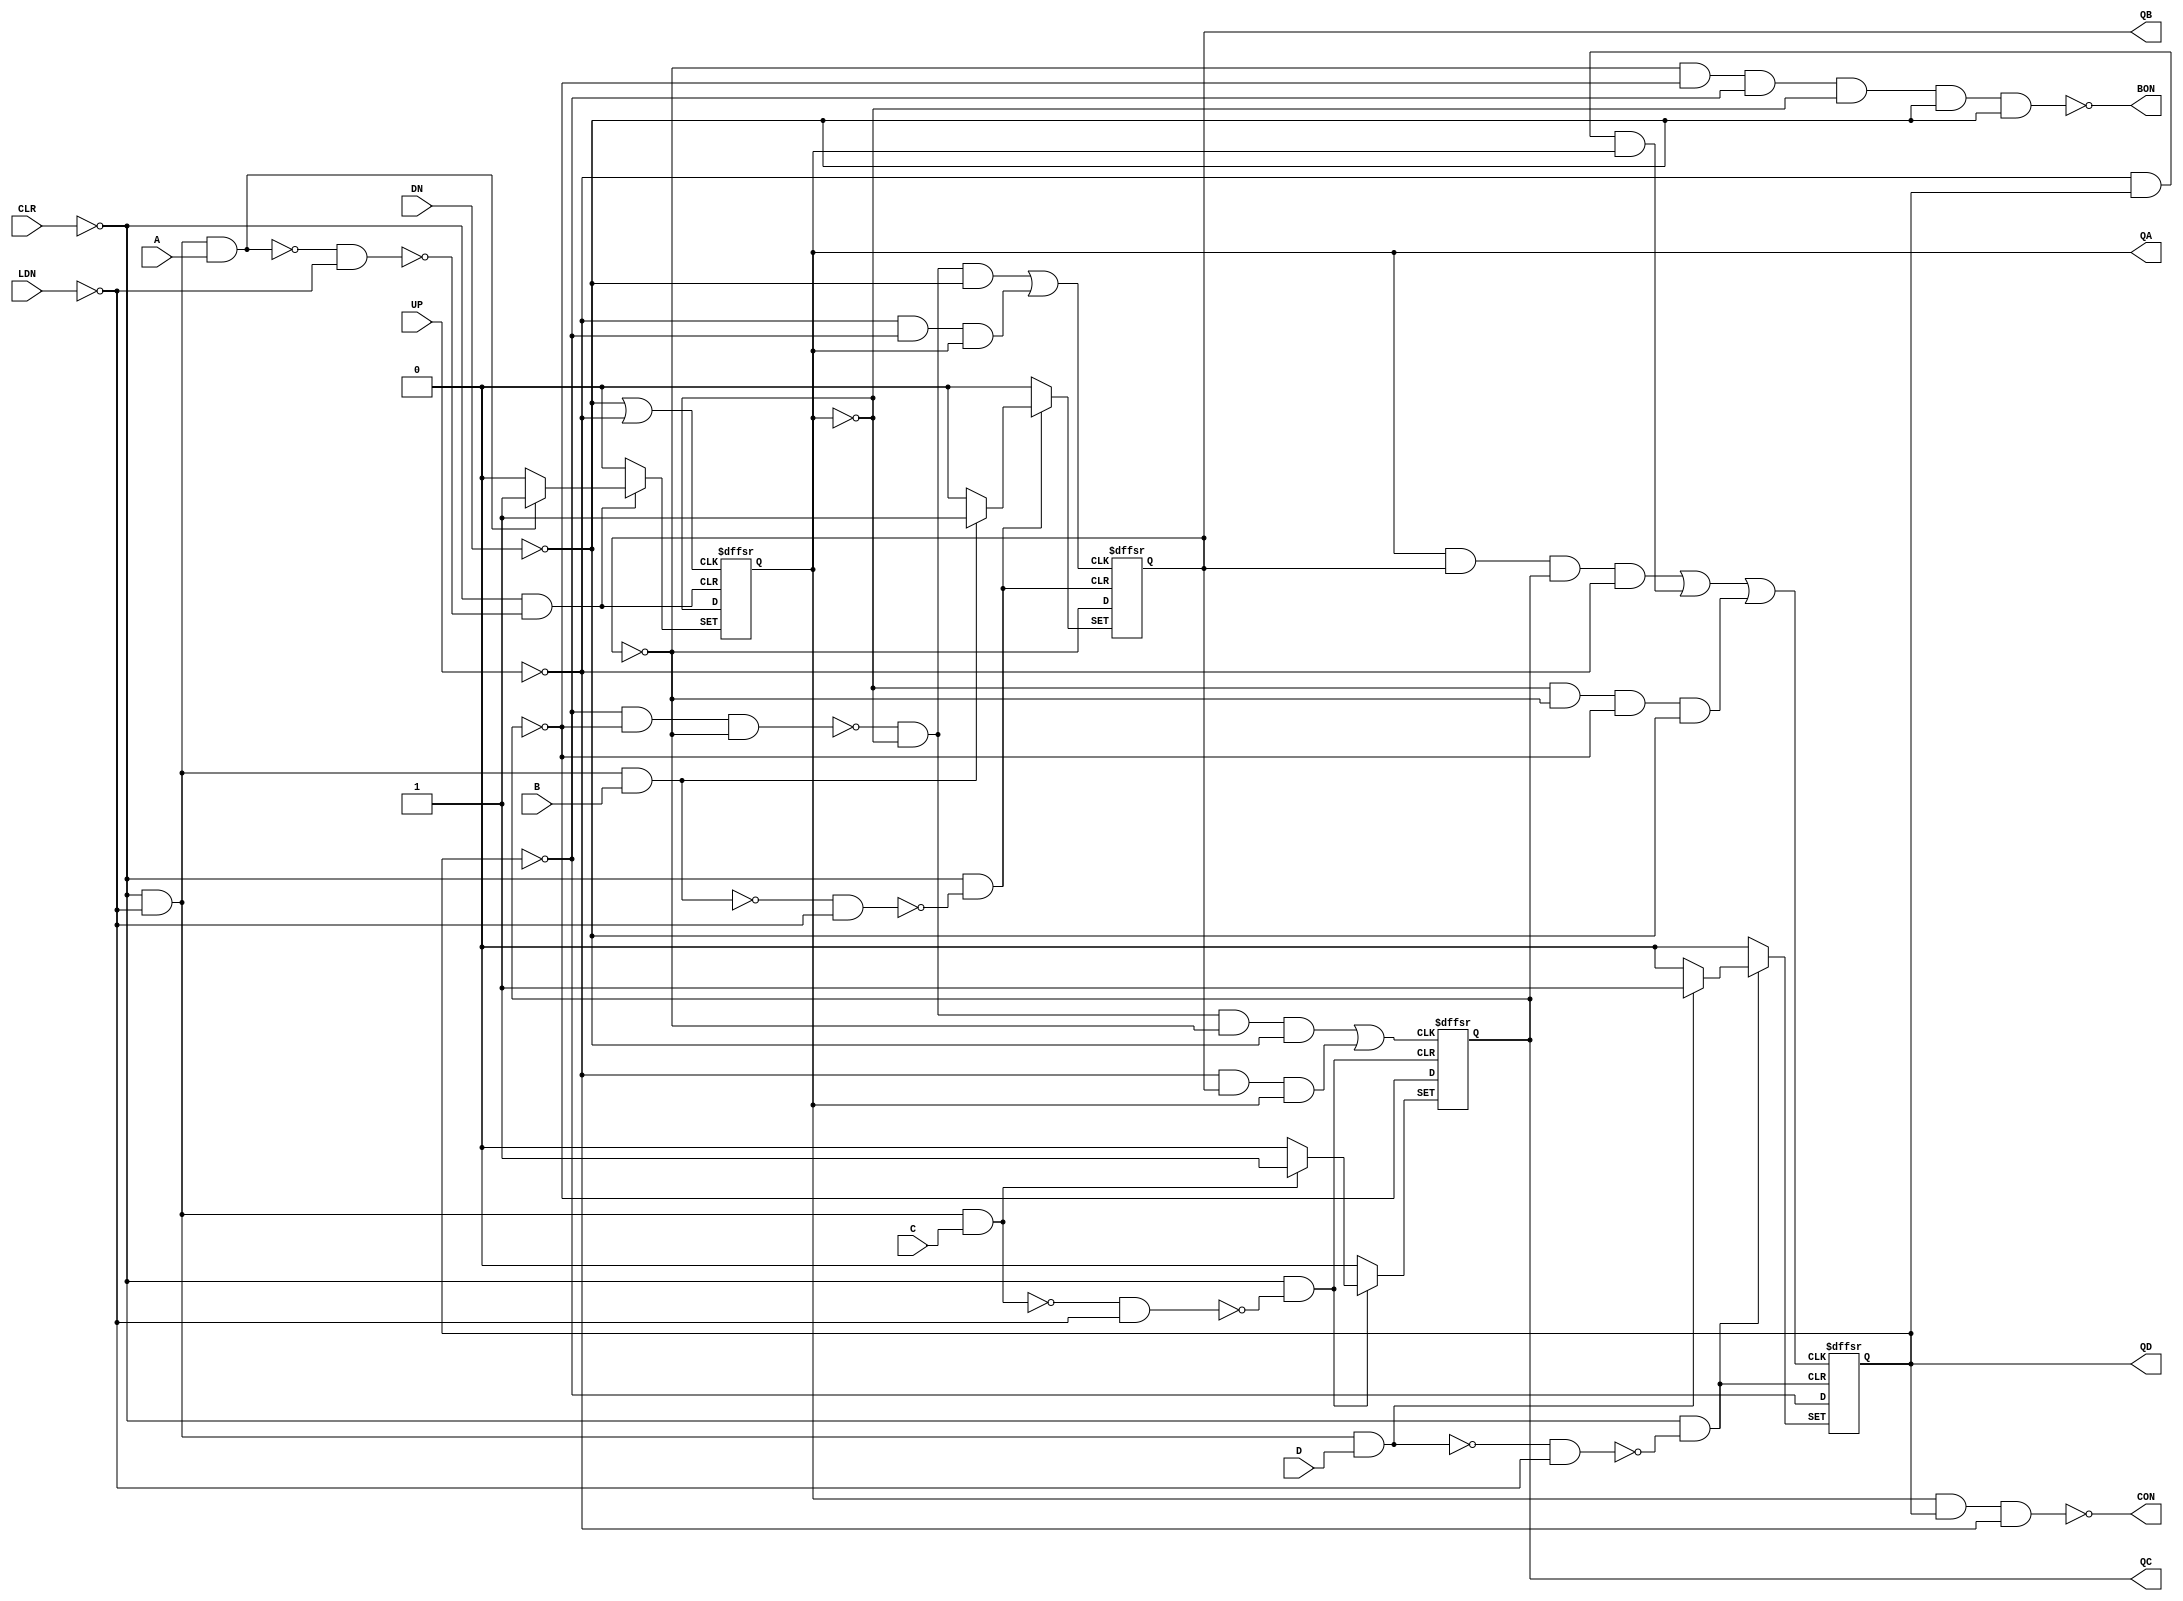
// Copyright (C) 1991-2011 Altera Corporation
// Your use of Altera Corporation's design tools, logic functions 
// and other software and tools, and its AMPP partner logic 
// functions, and any output files from any of the foregoing 
// (including device programming or simulation files), and any 
// associated documentation or information are expressly subject 
// to the terms and conditions of the Altera Program License 
// Subscription Agreement, Altera MegaCore Function License 
// Agreement, or other applicable license agreement, including, 
// without limitation, that your use is for the sole purpose of 
// programming logic devices manufactured by Altera and sold by 
// Altera or its authorized distributors.  Please refer to the 
// applicable agreement for further details.

// PROGRAM		"Quartus II 64-Bit"
// VERSION		"Version 11.0 Build 157 04/27/2011 SJ Full Version"
// CREATED		"Sun May 22 16:50:44 2022"

module my74192 (
	A,
	DN,
	UP,
	B,
	C,
	D,
	CLR,
	LDN,
	BON,
	CON,
	QD,
	QC,
	QB,
	QA
);


input wire	A;
input wire	DN;
input wire	UP;
input wire	B;
input wire	C;
input wire	D;
input wire	CLR;
input wire	LDN;
output wire	BON;
output wire	CON;
output wire	QD;
output wire	QC;
output wire	QB;
output wire	QA;

wire	SYNTHESIZED_WIRE_0;
wire	SYNTHESIZED_WIRE_1;
wire	SYNTHESIZED_WIRE_2;
wire	SYNTHESIZED_WIRE_3;
wire	SYNTHESIZED_WIRE_4;
wire	SYNTHESIZED_WIRE_5;
wire	SYNTHESIZED_WIRE_6;
wire	SYNTHESIZED_WIRE_75;
wire	SYNTHESIZED_WIRE_76;
wire	SYNTHESIZED_WIRE_77;
wire	SYNTHESIZED_WIRE_78;
wire	SYNTHESIZED_WIRE_79;
wire	SYNTHESIZED_WIRE_80;
wire	SYNTHESIZED_WIRE_81;
reg	SYNTHESIZED_WIRE_82;
reg	SYNTHESIZED_WIRE_83;
reg	SYNTHESIZED_WIRE_84;
wire	SYNTHESIZED_WIRE_85;
wire	SYNTHESIZED_WIRE_86;
wire	SYNTHESIZED_WIRE_87;
wire	SYNTHESIZED_WIRE_23;
wire	SYNTHESIZED_WIRE_88;
wire	SYNTHESIZED_WIRE_25;
wire	SYNTHESIZED_WIRE_27;
wire	SYNTHESIZED_WIRE_29;
wire	SYNTHESIZED_WIRE_31;
wire	SYNTHESIZED_WIRE_33;
wire	SYNTHESIZED_WIRE_35;
wire	SYNTHESIZED_WIRE_37;
wire	SYNTHESIZED_WIRE_89;
reg	SYNTHESIZED_WIRE_90;
wire	SYNTHESIZED_WIRE_91;
wire	SYNTHESIZED_WIRE_92;
wire	SYNTHESIZED_WIRE_68;
wire	SYNTHESIZED_WIRE_70;
wire	SYNTHESIZED_WIRE_72;
wire	SYNTHESIZED_WIRE_74;

assign	QD = SYNTHESIZED_WIRE_90;
assign	QC = SYNTHESIZED_WIRE_84;
assign	QB = SYNTHESIZED_WIRE_83;
assign	QA = SYNTHESIZED_WIRE_82;
assign	SYNTHESIZED_WIRE_88 = 1;



assign	SYNTHESIZED_WIRE_25 = ~(SYNTHESIZED_WIRE_0 | SYNTHESIZED_WIRE_1 | SYNTHESIZED_WIRE_2);

assign	SYNTHESIZED_WIRE_29 = ~(SYNTHESIZED_WIRE_3 | SYNTHESIZED_WIRE_4);

assign	SYNTHESIZED_WIRE_33 = ~(SYNTHESIZED_WIRE_5 | SYNTHESIZED_WIRE_6);

assign	SYNTHESIZED_WIRE_37 = ~(SYNTHESIZED_WIRE_75 | SYNTHESIZED_WIRE_76);


assign	SYNTHESIZED_WIRE_74 = ~(SYNTHESIZED_WIRE_77 & SYNTHESIZED_WIRE_78);

assign	SYNTHESIZED_WIRE_72 = ~(SYNTHESIZED_WIRE_79 & SYNTHESIZED_WIRE_78);

assign	SYNTHESIZED_WIRE_70 = ~(SYNTHESIZED_WIRE_80 & SYNTHESIZED_WIRE_78);

assign	SYNTHESIZED_WIRE_68 = ~(SYNTHESIZED_WIRE_81 & SYNTHESIZED_WIRE_78);

assign	SYNTHESIZED_WIRE_0 = SYNTHESIZED_WIRE_82 & SYNTHESIZED_WIRE_83 & SYNTHESIZED_WIRE_84 & SYNTHESIZED_WIRE_76;

assign	SYNTHESIZED_WIRE_2 = SYNTHESIZED_WIRE_85 & SYNTHESIZED_WIRE_86 & SYNTHESIZED_WIRE_87 & SYNTHESIZED_WIRE_75;


always@(posedge SYNTHESIZED_WIRE_25 or negedge SYNTHESIZED_WIRE_23 or negedge SYNTHESIZED_WIRE_81)
begin
if (!SYNTHESIZED_WIRE_23)
	begin
	SYNTHESIZED_WIRE_90 <= 0;
	end
else
if (!SYNTHESIZED_WIRE_81)
	begin
	SYNTHESIZED_WIRE_90 <= 1;
	end
else
	SYNTHESIZED_WIRE_90 <= SYNTHESIZED_WIRE_90 ^ SYNTHESIZED_WIRE_88;
end


always@(posedge SYNTHESIZED_WIRE_29 or negedge SYNTHESIZED_WIRE_27 or negedge SYNTHESIZED_WIRE_80)
begin
if (!SYNTHESIZED_WIRE_27)
	begin
	SYNTHESIZED_WIRE_84 <= 0;
	end
else
if (!SYNTHESIZED_WIRE_80)
	begin
	SYNTHESIZED_WIRE_84 <= 1;
	end
else
	SYNTHESIZED_WIRE_84 <= SYNTHESIZED_WIRE_84 ^ SYNTHESIZED_WIRE_88;
end


always@(posedge SYNTHESIZED_WIRE_33 or negedge SYNTHESIZED_WIRE_31 or negedge SYNTHESIZED_WIRE_79)
begin
if (!SYNTHESIZED_WIRE_31)
	begin
	SYNTHESIZED_WIRE_83 <= 0;
	end
else
if (!SYNTHESIZED_WIRE_79)
	begin
	SYNTHESIZED_WIRE_83 <= 1;
	end
else
	SYNTHESIZED_WIRE_83 <= SYNTHESIZED_WIRE_83 ^ SYNTHESIZED_WIRE_88;
end


always@(posedge SYNTHESIZED_WIRE_37 or negedge SYNTHESIZED_WIRE_35 or negedge SYNTHESIZED_WIRE_77)
begin
if (!SYNTHESIZED_WIRE_35)
	begin
	SYNTHESIZED_WIRE_82 <= 0;
	end
else
if (!SYNTHESIZED_WIRE_77)
	begin
	SYNTHESIZED_WIRE_82 <= 1;
	end
else
	SYNTHESIZED_WIRE_82 <= SYNTHESIZED_WIRE_82 ^ SYNTHESIZED_WIRE_88;
end

assign	BON = ~(SYNTHESIZED_WIRE_86 & SYNTHESIZED_WIRE_87 & SYNTHESIZED_WIRE_89 & SYNTHESIZED_WIRE_85 & SYNTHESIZED_WIRE_75 & SYNTHESIZED_WIRE_75);

assign	SYNTHESIZED_WIRE_78 =  ~LDN;

assign	SYNTHESIZED_WIRE_91 =  ~CLR;

assign	SYNTHESIZED_WIRE_89 =  ~SYNTHESIZED_WIRE_90;

assign	SYNTHESIZED_WIRE_87 =  ~SYNTHESIZED_WIRE_84;

assign	SYNTHESIZED_WIRE_86 =  ~SYNTHESIZED_WIRE_83;

assign	SYNTHESIZED_WIRE_85 =  ~SYNTHESIZED_WIRE_82;

assign	SYNTHESIZED_WIRE_4 = SYNTHESIZED_WIRE_76 & SYNTHESIZED_WIRE_83 & SYNTHESIZED_WIRE_82;

assign	SYNTHESIZED_WIRE_77 = ~(SYNTHESIZED_WIRE_91 & SYNTHESIZED_WIRE_78 & A);

assign	SYNTHESIZED_WIRE_79 = ~(SYNTHESIZED_WIRE_91 & SYNTHESIZED_WIRE_78 & B);

assign	SYNTHESIZED_WIRE_80 = ~(SYNTHESIZED_WIRE_91 & SYNTHESIZED_WIRE_78 & C);

assign	SYNTHESIZED_WIRE_81 = ~(SYNTHESIZED_WIRE_91 & SYNTHESIZED_WIRE_78 & D);

assign	SYNTHESIZED_WIRE_3 = SYNTHESIZED_WIRE_92 & SYNTHESIZED_WIRE_85 & SYNTHESIZED_WIRE_86 & SYNTHESIZED_WIRE_75;

assign	SYNTHESIZED_WIRE_92 = ~(SYNTHESIZED_WIRE_89 & SYNTHESIZED_WIRE_87 & SYNTHESIZED_WIRE_86);

assign	SYNTHESIZED_WIRE_6 = SYNTHESIZED_WIRE_76 & SYNTHESIZED_WIRE_89 & SYNTHESIZED_WIRE_82;

assign	SYNTHESIZED_WIRE_5 = SYNTHESIZED_WIRE_92 & SYNTHESIZED_WIRE_85 & SYNTHESIZED_WIRE_75;

assign	SYNTHESIZED_WIRE_1 = SYNTHESIZED_WIRE_76 & SYNTHESIZED_WIRE_90 & SYNTHESIZED_WIRE_82;

assign	CON = ~(SYNTHESIZED_WIRE_82 & SYNTHESIZED_WIRE_90 & SYNTHESIZED_WIRE_76);

assign	SYNTHESIZED_WIRE_23 = SYNTHESIZED_WIRE_91 & SYNTHESIZED_WIRE_68;

assign	SYNTHESIZED_WIRE_27 = SYNTHESIZED_WIRE_91 & SYNTHESIZED_WIRE_70;

assign	SYNTHESIZED_WIRE_31 = SYNTHESIZED_WIRE_91 & SYNTHESIZED_WIRE_72;

assign	SYNTHESIZED_WIRE_35 = SYNTHESIZED_WIRE_91 & SYNTHESIZED_WIRE_74;

assign	SYNTHESIZED_WIRE_76 =  ~UP;

assign	SYNTHESIZED_WIRE_75 =  ~DN;


endmodule